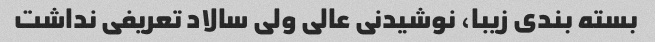
بسته بندی زیبا، نوشیدنی عالی ولی سالاد تعریفی نداشت